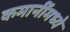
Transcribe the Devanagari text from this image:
कमानींमध्ये